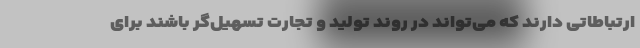
ارتباطاتی دارند که می‌تواند در روند تولید و تجارت تسهیل‌گر باشند برای